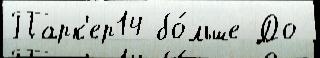
Парк'ер14 бо́льше До